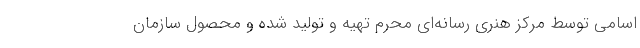
اسامی توسط مرکز هنری رسانه‌ای مُحرِم تهیه و تولید شده و محصول سازمان